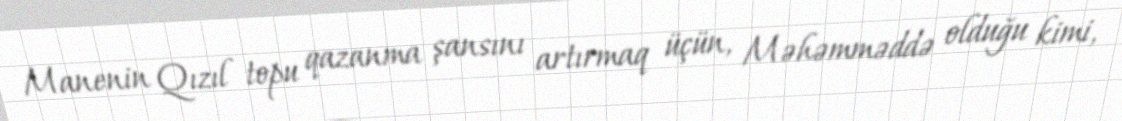
Manenin Qızıl topu qazanma şansını artırmaq üçün, Məhəmməddə olduğu kimi,